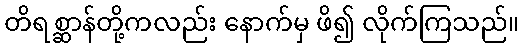
တိရစ္ဆာန်တို့ကလည်း နောက်မှ ဖိ၍ လိုက်ကြသည်။